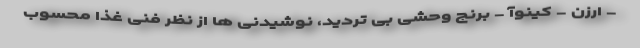
- ارزن - کینوآ - برنج وحشی بی تردید، نوشیدنی ها از نظر فنی غذا محسوب